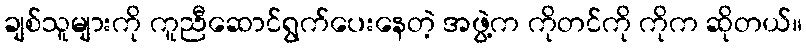
ချစ်သူများကို ကူညီဆောင်ရွက်ပေးနေတဲ့ အဖွဲ့က ကိုတင်ကို ကိုက ဆိုတယ်။